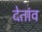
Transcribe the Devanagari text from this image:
देतांव